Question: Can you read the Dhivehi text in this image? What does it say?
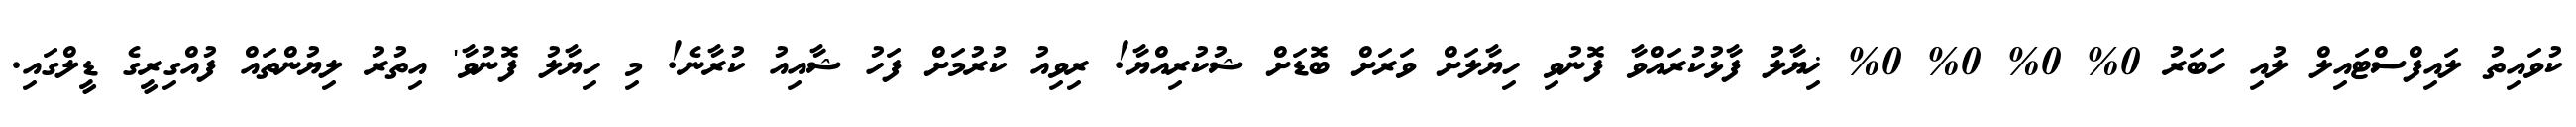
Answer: ކުވައިތު ލައިފްސްޓައިލް ލުއި ހަބަރު 0% 0% 0% 0% ޚިޔާލު ފާޅުކުރައްވާ ފޮނުވި ހިޔާލަށް ވަރަށް ބޮޑަށް ޝުކުރިއްޔާ! ރިވިއު ކުރުމަށް ފަހު ޝާއިއު ކުރާނެ! މި ހިޔާލު ފޮނުވާ' އިތުރު ލިޔުންތައް ފުއްގިރީގެ ޑީލްގައި.